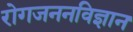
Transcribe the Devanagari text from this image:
रोगजननविज्ञान